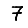
Digit: 7